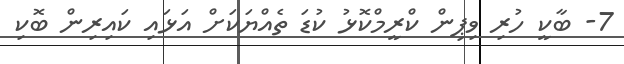
7- ބާކީ ހުރި ވިޕިން ކްރީމްކޮޅު ކުޑަ ތެއްޔަކަށް އަޅައި ކައިރިން ބޮކި